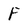
Character: F